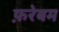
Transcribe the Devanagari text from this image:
फ़रेबम